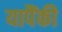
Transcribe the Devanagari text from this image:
यापैंकी